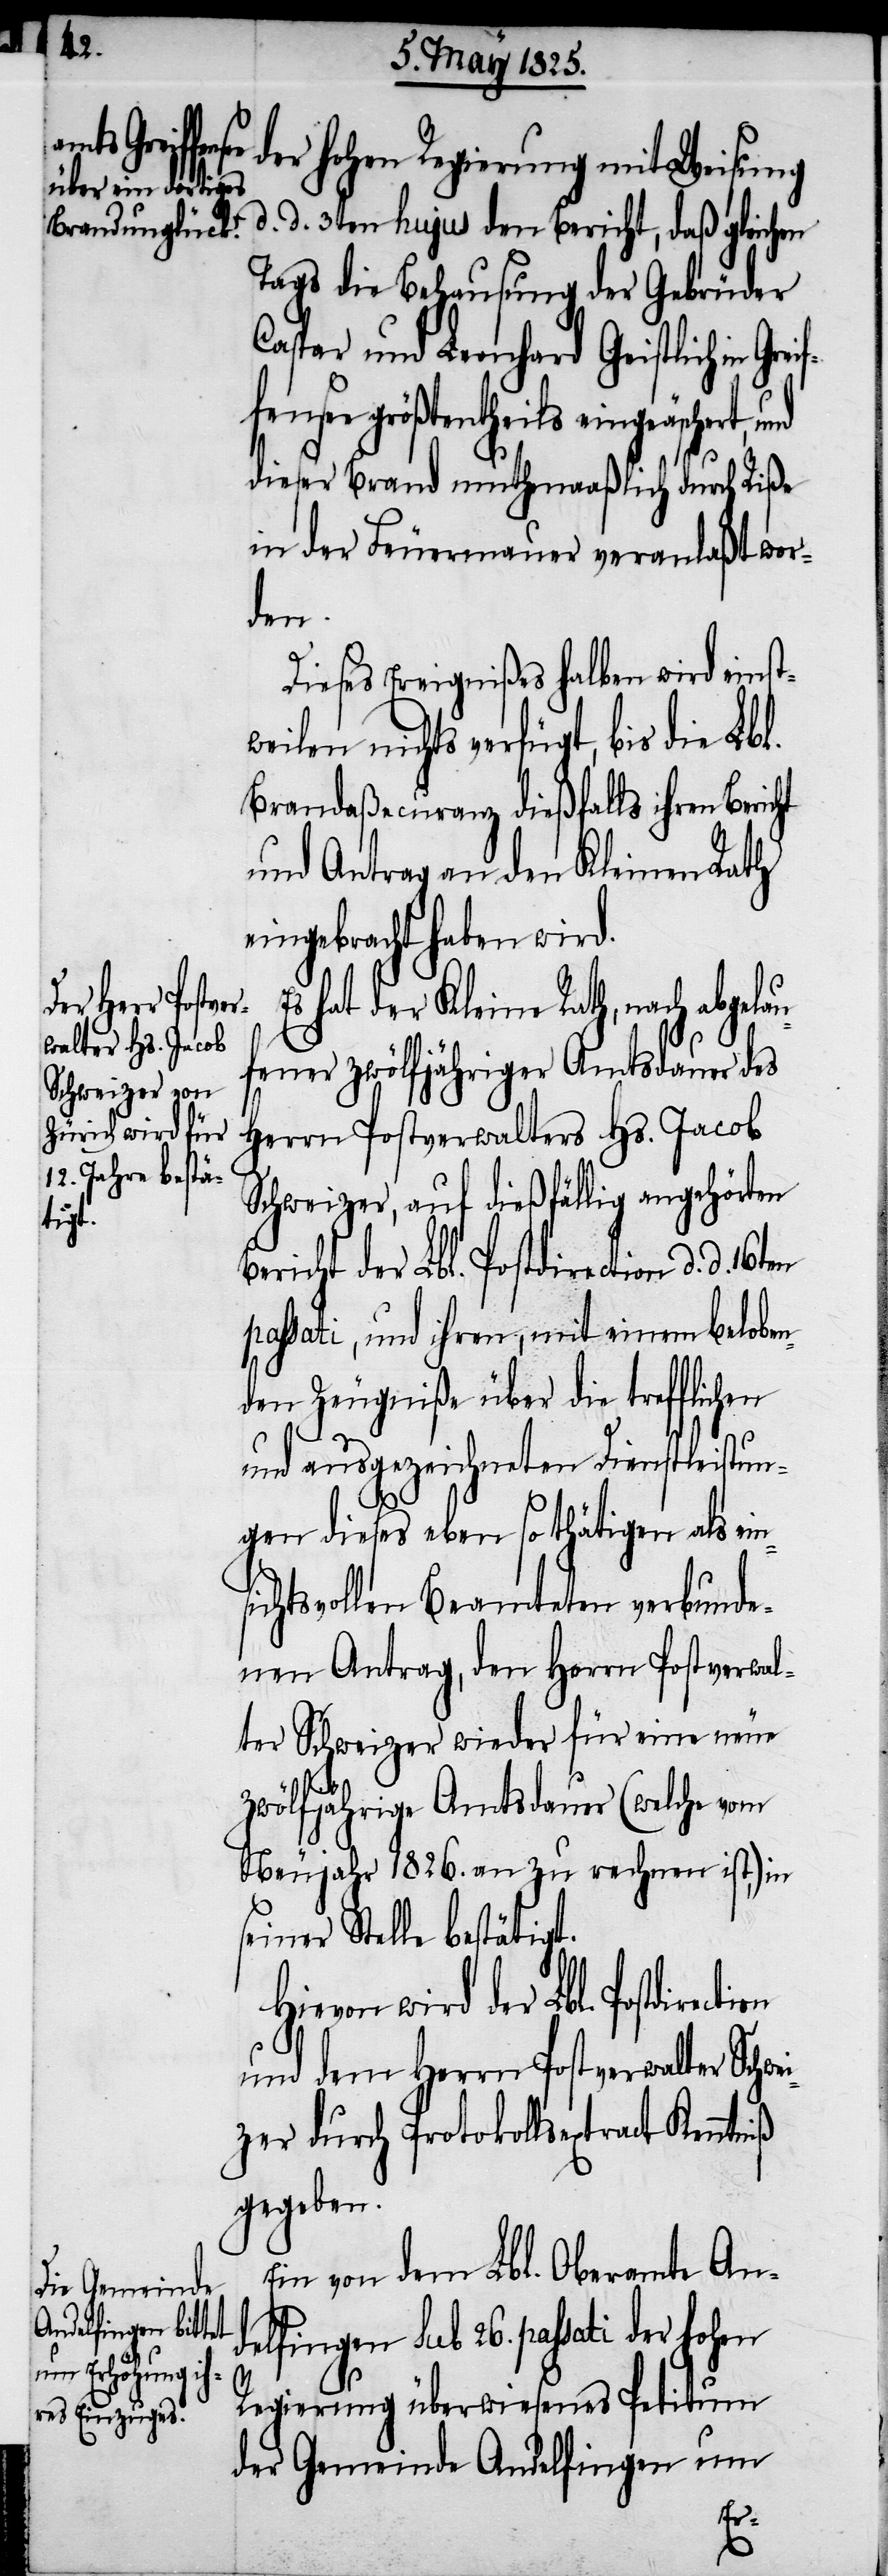
hohen Regierung mit Weisung
d. d. 4ten hujus den Bericht, daß gleichen
Tags die Behausung der Gebrüder
Caspar und Lernhard Geistlich in Grei¬
fensee größtentheils eingeäschert,
dieser Brand muthmaaßlich durch Riße
in der Feuermauer veranlaßt wor¬
den.
Dieses Ereignißes halben wird einst¬
weilen nichts verfügt, bis die Lbl.
Brandaßecuranz dießfalls ihren Bericht
und Antrag an den Kleinen Rath
eingebracht haben wird.
s hat der kleine Rath, nach abgela¬
ufener zwölfjähriger Amtsdauer des
Herrn Postverwalters Hs. Jacob
Schweizer, auf dießfällig angehörten
richt der Lbl. Postdirection d. d.
passati, und ihren, mit einem beloben¬
den Zeugniße über die trefflichen
ction
und ausgezeichneten Dienstleistun¬
gen dieses eben so thätigen als ein¬
sichtsvollen Beamteten verbunde¬
nen Antrag, den Herrn Postverwal¬
ter Schweizer wieder für eine neue
zwölfjährige Amtsdauer (welche vom
Neujahr 1826. an zu rechnen ist,) in
seiner Stelle bestätigt.
Hievon wird der Lbl. Postdire¬
und dem Herrn Postverwalter Schwe¬
izer durch Protokollsextract Kenntniß
gegeben.
Ein von dem Lbl. Oberamte An¬
delfingen sub 26. passati der hohen
Regierung überwiesenes Petitum
der Gemeinde Andelfingen um
Be¬